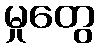
မှုတွေ